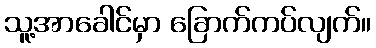
သူ့အာခေါင်မှာ ခြောက်ကပ်လျက်။